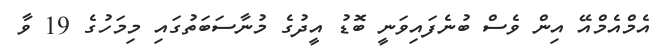
އެމްއެމްއޭ އިން ވެސް ބުނެފައިވަނީ ބޮޑު އީދުގެ މުނާސަބަތުގައި މިމަހުގެ 19 ވާ